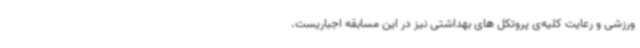
ورزشی و رعایت کلیه‌ی پروتکل های بهداشتی نیز در این مسابقه اجباریست.